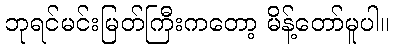
ဘုရင်မင်းမြတ်ကြီးကတော့ မိန့်တော်မူပါ။